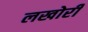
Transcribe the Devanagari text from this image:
लखोरी